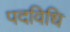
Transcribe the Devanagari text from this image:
पदविधि